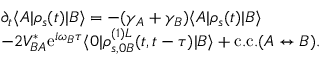
\begin{array} { r l } & { \partial _ { t } \langle A | \rho _ { s } ( t ) | B \rangle = - ( \gamma _ { A } + \gamma _ { B } ) \langle A | \rho _ { s } ( t ) | B \rangle } \\ & { - 2 V _ { B A } ^ { * } \mathrm { e } ^ { i \omega _ { B } \tau } \langle 0 | \rho _ { s , 0 B } ^ { ( 1 ) L } ( t , t - \tau ) | B \rangle + \mathrm { c . c . } ( A \leftrightarrow B ) . } \end{array}